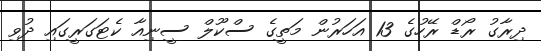
ދިރާގު ރޯޑް ރޭހުގެ 13 އަހަރުން މަތީގެ ސްކޫލް ސީނިއާ ކެޓަގަރީގައި ދުވި